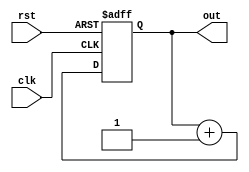
module counter8(clk, rst, out);
    input clk, rst;
    output reg [7:0] out;

    always @(posedge clk or posedge rst) begin
        if (rst == 1'b1)
            out <= 8'b00000000;
        else
            out <= out + 8'b00000001;
    end
endmodule